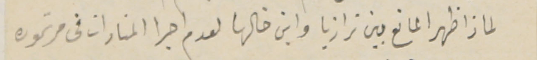
لماذا ظهر المانع بين ترازيا وابن خالها لعدم اجرا المنادات فى مرتموره